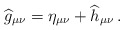
\begin{align*} \widehat g_{\mu\nu}=\eta_{\mu\nu}+\widehat h_{\mu\nu}\, .\end{align*}